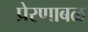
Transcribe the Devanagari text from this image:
प्रेरणाबळ